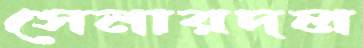
সেনারদল